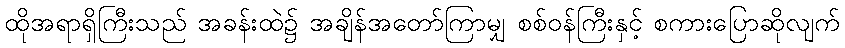
ထိုအရာရှိကြီးသည် အခန်းထဲ၌ အချိန်အတော်ကြာမျှ စစ်ဝန်ကြီးနှင့် စကားပြောဆိုလျက်